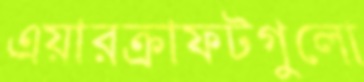
এয়ারক্রাফটগুলো